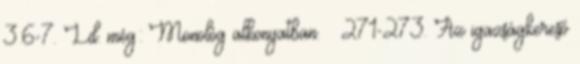
3:6-7. Ld. még: Monológ alkonyatban. – 271-273. Az igazságkereső